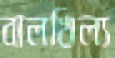
বালখিল্য